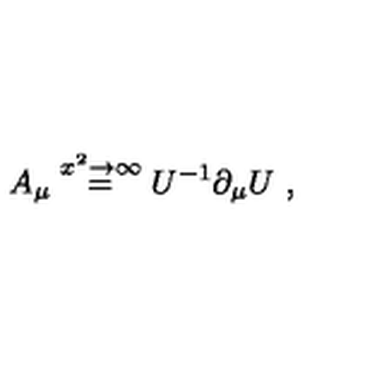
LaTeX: A _ { \mu } \stackrel { x ^ { 2 } \rightarrow \infty } { = } U ^ { - 1 } \partial _ { \mu } U \ ,